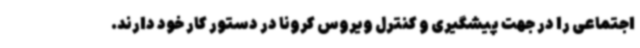
اجتماعی را در جهت پیشگیری و کنترل ویروس کرونا در دستور کار خود دارند.